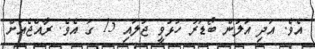
އެވެ. އަދި އަލުން ބޯޑަރު ހުޅުވީ ޖުލައި 15 ގަ އެވެ. ރާއްޖެއަށް